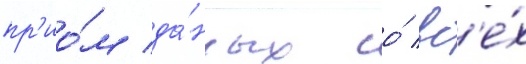
пр'ио́м да́нных со́ вс'е́х